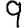
Digit: 9